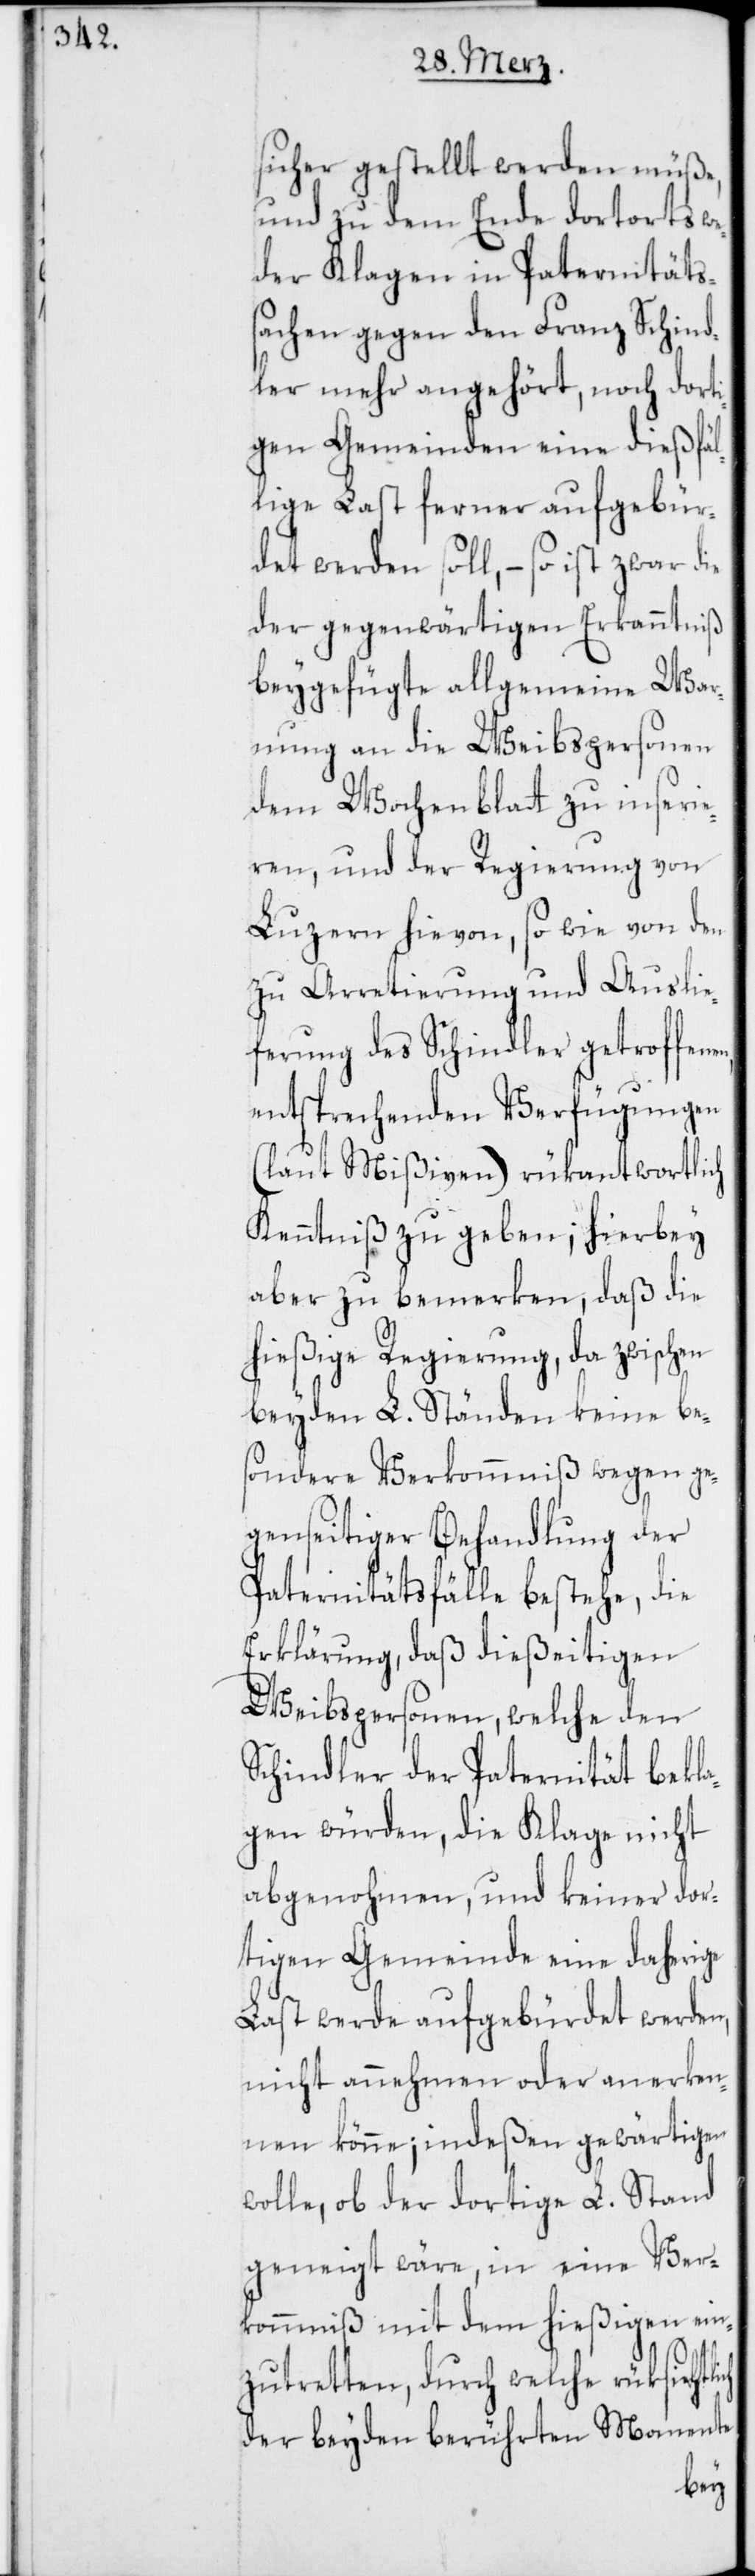
ich

sicher gestellt werden müße,
und zu dem Ende dortorts we¬
gen Klagen in Paternitäts¬
sachen gegen den Franz Schind¬
ler mehr angehört, noch dorti¬
gen Gemeinden eine dießfäl¬
lige Last ferner aufgebür¬
det werden soll, – so ist zwar
der gegenwärtigen Erkanntniß
beygefügte allgemeine War¬
nung an die Weibspersonen
dem Wochenblat zu inserie¬
ren, und der Regierung von
Luzern hievon, so wie von den
zu Arretierung und Auslie¬
ferung des Schindler getroffen¬
entsprechenden Verfügungen
(laut Mißiven) rükantwortlich
Kenntniß zu geben; hierbey
aber zu bemerken, daß die
hießige Regierung, da zwischen
beyden L. Ständen keine bes¬
ondere Verkommniß wegen ge¬
genseitiger Behandlung der
Paternitätsfälle bestehe, die
Erklärung, daß dießeitigen
Weibspersonen, welche den
Schindler der Paternität bekla¬
gen würden, die Klage nicht
abgenohmen, und keiner dor¬
tigen Gemeinde eine daherige
Last werde aufgebürdet werden,
nicht annehmen oder anerken¬
nen könne; indeßen gewärtigen
wolle, ob der dortige L. Stand
geneigt wäre, in eine Ver¬
kommniß mit dem hießigen ein¬
zutretten, durch welche rüksichtl¬
der beyden berührten Momente